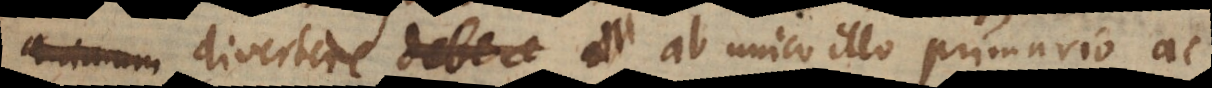
animum debere divertere ab unico illo primario ac